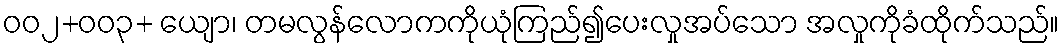
ဝဝ၂+ဝဝ၃+ ယျော၊ တမလွန်လောကကိုယုံကြည်၍ပေးလှုအပ်သော အလှုကိုခံထိုက်သည်။